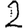
Digit: 2